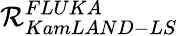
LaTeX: \mathcal{R}_{KamLAND-LS}^{FLUKA}